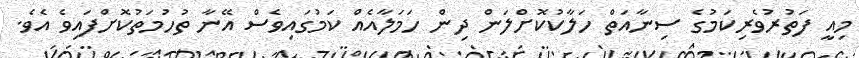
މިއީ ފަތުރުވެރިކަމުގެ ސިނާއަތް ހަލާކުކޮށްލަން ދިން ހަމަލާއެއް ކަމުގައިވެސް އޭނާ ތުހުމަތުކޮށްފައިވެ އެވެ.